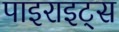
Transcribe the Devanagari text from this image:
पाइराइट्स